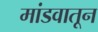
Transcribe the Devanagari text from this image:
मांडवातून